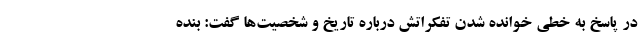
در پاسخ به خطی خوانده شدن تفکراتش درباره تاریخ و شخصیت‌ها گفت: بنده